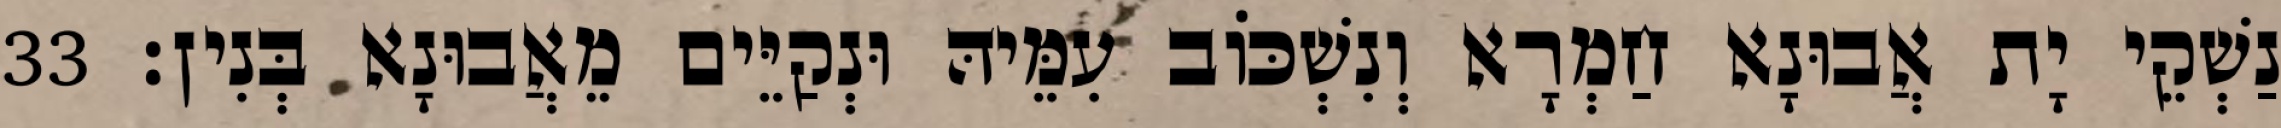
נַשְׁקֵי יָת אֲבוּנָא חַמְרָא וְנִשְׁכּוֹב עִמֵּיהּ וּנְקַיֵּים מֵאֲבוּנָא בְּנִין׃ 33